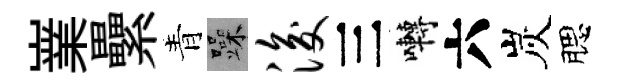
嶪纍青躁浚三囀六炭腮